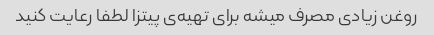
روغن زیادی مصرف میشه برای تهیه‌ی پیتزا لطفا رعایت کنید